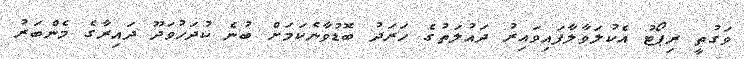
ވަގުތީ ރިޕޯޓު އެކުލަވާލާފައިވައިރު ދައުލަތުގެ ހަރަދު ބޮޑުވާނެކަމަށް ބުނެ ކުދަހުވަދޫ ދައިރާގެ މެންބަރު